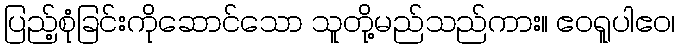
ပြည့်စုံခြင်းကိုဆောင်သော သူတို့မည်သည်ကား။ ဧဝရူပါဧဝ၊